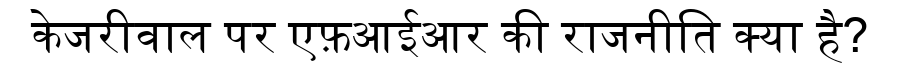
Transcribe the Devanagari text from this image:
केजरीवाल पर एफ़आईआर की राजनीति क्या है?